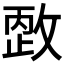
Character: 𰕏